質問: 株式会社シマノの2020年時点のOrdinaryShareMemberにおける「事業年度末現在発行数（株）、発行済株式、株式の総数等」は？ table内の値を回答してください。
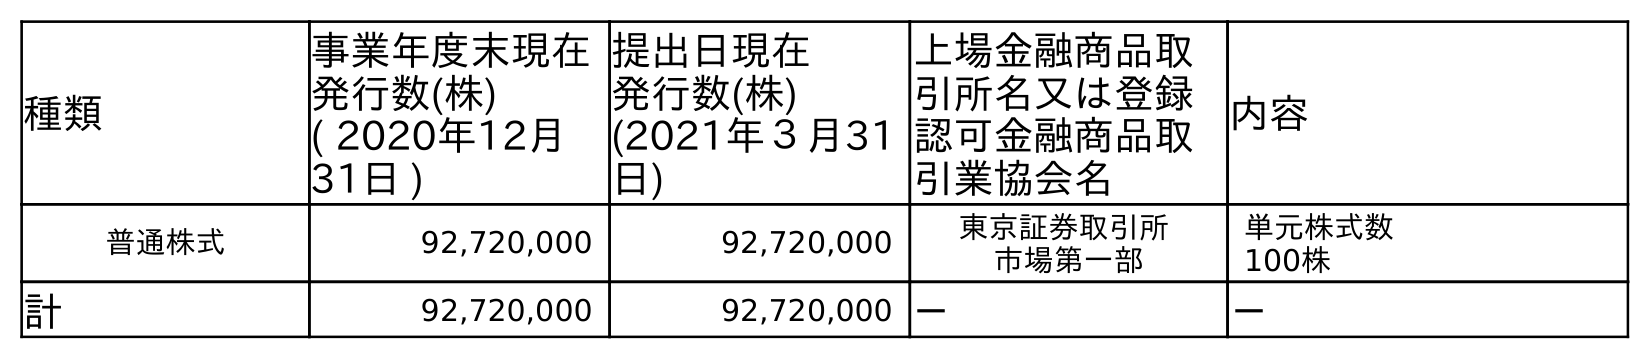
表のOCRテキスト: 種類 事業年度末現在 発行数(株) ( 2020年12月 31日 ) 提出日現在 発行数(株) (2021年３月31 日) 上場金融商品取 引所名又は登録 認可金融商品取 引業協会名 内容 普通株式 92,720,000 92,720,000 東京証券取引所 市場第一部 単元株式数 100株 計 92,720,000 92,720,000 － －
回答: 92,720,000